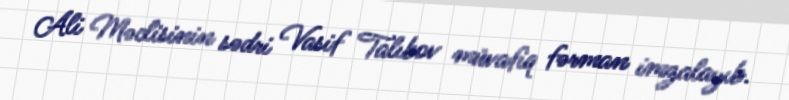
Ali Məclisinin sədri Vasif Talıbov müvafiq fərman imzalayıb.